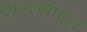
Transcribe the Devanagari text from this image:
शरत्संपात